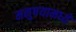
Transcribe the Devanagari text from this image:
मनुषयामध्ये